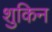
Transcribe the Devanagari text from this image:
शुकिन